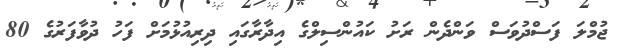
ޖުމްލަ ފަސްދުވަސް ވަންދެން ރަށު ކައުންސިލްގެ އިދާރާގައި ދިރިއުޅުމަށް ފަހު ދުވާފަރުގެ 80